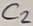
Text: C2